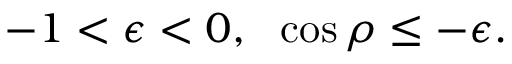
- 1 < \epsilon < 0 , \ \ \cos \rho \le - \epsilon .